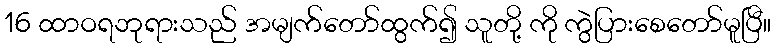
16 ထာဝရဘုရားသည် အမျက်တော်ထွက်၍ သူတို့ ကို ကွဲပြားစေတော်မူပြီ။